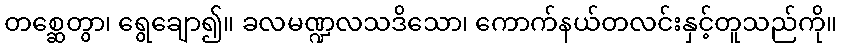
တစ္ဆေတွာ၊ ရွေချော၍။ ခလမဏ္ဍလသဒိသော၊ ကောက်နယ်တလင်းနှင့်တူသည်ကို။